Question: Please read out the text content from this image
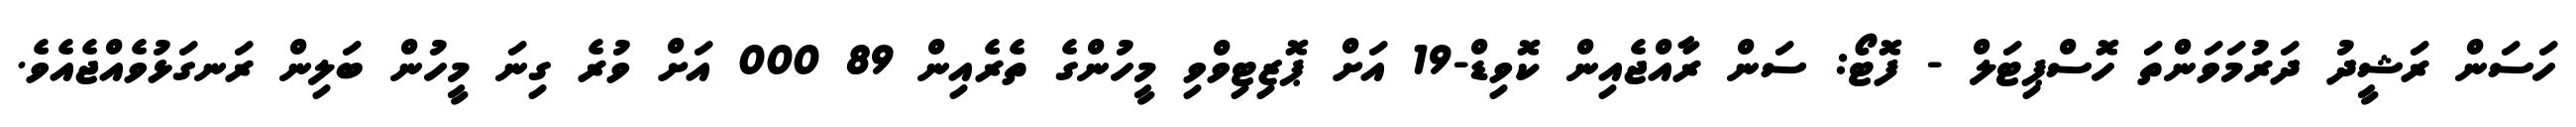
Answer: ހަސަން ރަޝީދު ދަރުމަވަންތަ ހޮސްޕިޓަލް - ފޮޓޯ: ސަން ރާއްޖެއިން ކޮވިޑް-19 އަށް ޕޮޒިޓިވްވި މީހުންގެ ތެރެއިން 89 000 އަށް ވުރެ ގިނަ މީހުން ބަލިން ރަނގަޅުވެއްޖެއެވެ.